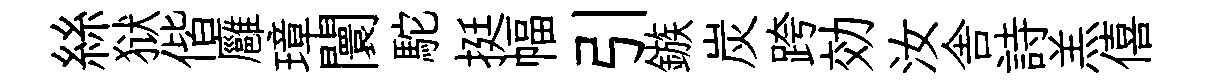
絲狱偕廱璋闤駝挺幅引鏃炭跨効汝舎詩羔僖